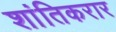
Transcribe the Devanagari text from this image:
शांतिकरार